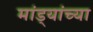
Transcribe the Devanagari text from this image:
मांड्यांच्या